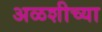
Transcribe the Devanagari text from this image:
अळशीच्या